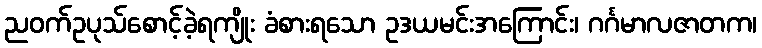
ညဝက်ဥပုသ်စောင့်ခဲ့ရကျိုး ခံစားရသော ဥဒယမင်းအကြောင်း၊ ဂင်္ဂမာလဇာတက၊